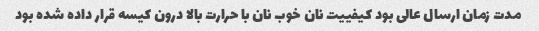
مدت زمان ارسال عالی بود کیفییت نان خوب نان با حرارت بالا درون کیسه قرار داده شده بود